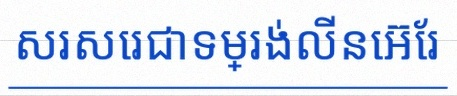
សរសេរជាទម្រង់លីនេអ៊ែរ